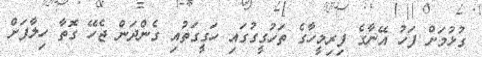
ގުޅުމަށް ފަހު އޭނާގެ ފިރިމީހާގެ ތަހުގީގުގައި ހަގީގަތުއި ގެންދަން ޖެހޭ ގޮތާ ހިލާފަށް